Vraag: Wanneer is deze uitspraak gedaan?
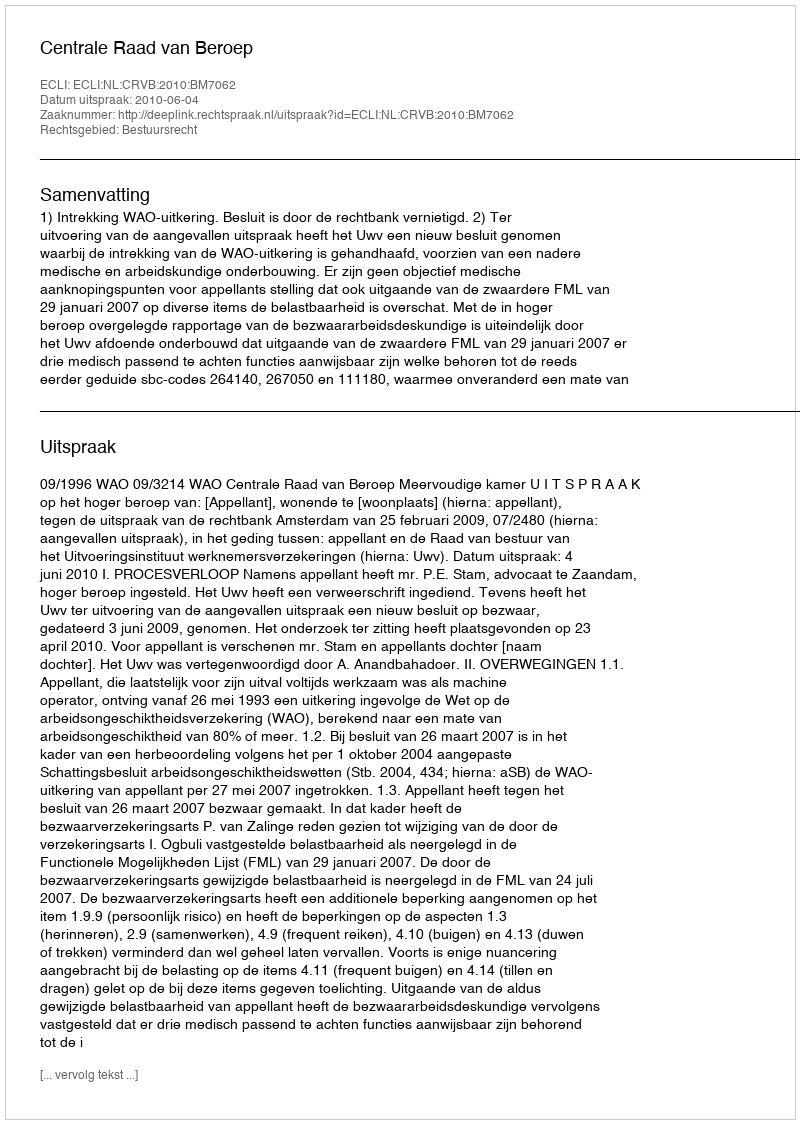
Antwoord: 2010-06-04